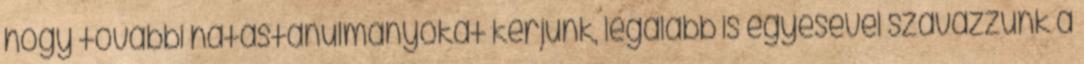
hogy további hatástanulmányokat kérjünk, legalább is egyesével szavazzunk a